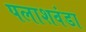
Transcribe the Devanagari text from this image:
पलाशवंडा